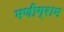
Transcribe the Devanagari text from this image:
मणीग्राम